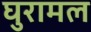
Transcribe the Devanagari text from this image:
घुरामल